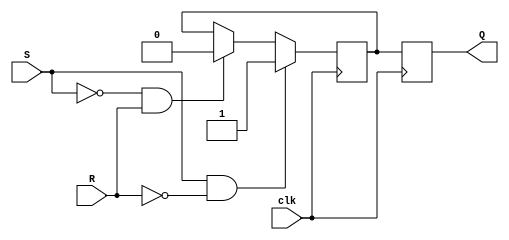
module sr_master_slave_ff (
    input S, R, clk,
    output reg Q
);

reg master_latch, slave_latch;

always @(posedge clk) begin
    if (S & !R)
        master_latch <= 1;
    else if (!S & R)
        master_latch <= 0;
end

always @(negedge clk) begin
    slave_latch <= master_latch;
end

always @*
    Q = slave_latch;

endmodule